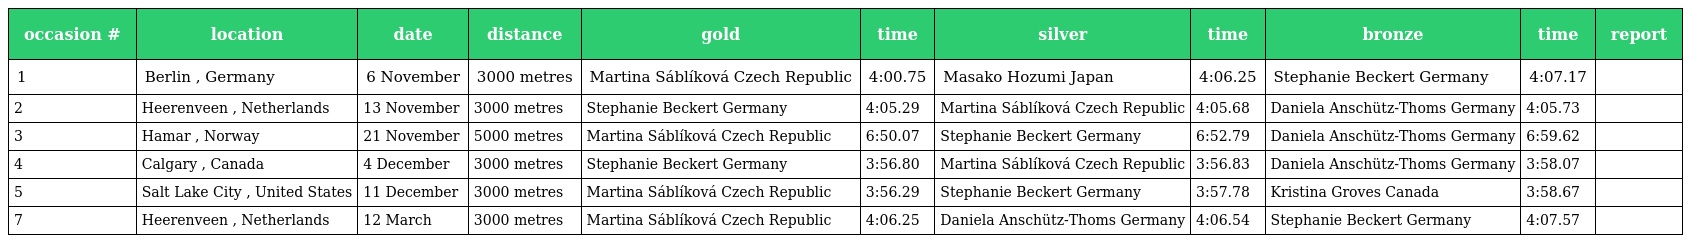
| occasion # | location | date | distance | gold | time | silver | time | bronze | time | report |
 | --- | --- | --- | --- | --- | --- | --- | --- | --- | --- | --- |
 | 1 | Berlin , Germany | 6 November | 3000 metres | Martina Sáblíková Czech Republic | 4:00.75 | Masako Hozumi Japan | 4:06.25 | Stephanie Beckert Germany | 4:07.17 |  |
 | 2 | Heerenveen , Netherlands | 13 November | 3000 metres | Stephanie Beckert Germany | 4:05.29 | Martina Sáblíková Czech Republic | 4:05.68 | Daniela Anschütz-Thoms Germany | 4:05.73 |  |
 | 3 | Hamar , Norway | 21 November | 5000 metres | Martina Sáblíková Czech Republic | 6:50.07 | Stephanie Beckert Germany | 6:52.79 | Daniela Anschütz-Thoms Germany | 6:59.62 |  |
 | 4 | Calgary , Canada | 4 December | 3000 metres | Stephanie Beckert Germany | 3:56.80 | Martina Sáblíková Czech Republic | 3:56.83 | Daniela Anschütz-Thoms Germany | 3:58.07 |  |
 | 5 | Salt Lake City , United States | 11 December | 3000 metres | Martina Sáblíková Czech Republic | 3:56.29 | Stephanie Beckert Germany | 3:57.78 | Kristina Groves Canada | 3:58.67 |  |
 | 7 | Heerenveen , Netherlands | 12 March | 3000 metres | Martina Sáblíková Czech Republic | 4:06.25 | Daniela Anschütz-Thoms Germany | 4:06.54 | Stephanie Beckert Germany | 4:07.57 |  |